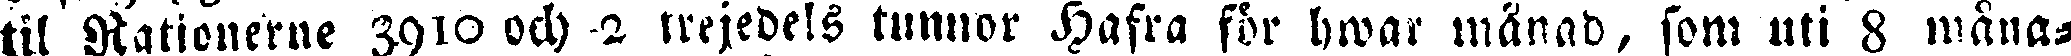
til Rationerne 3910 och 2 trejedels tunnor Hafra för hwar manad, som uti 8 måna-